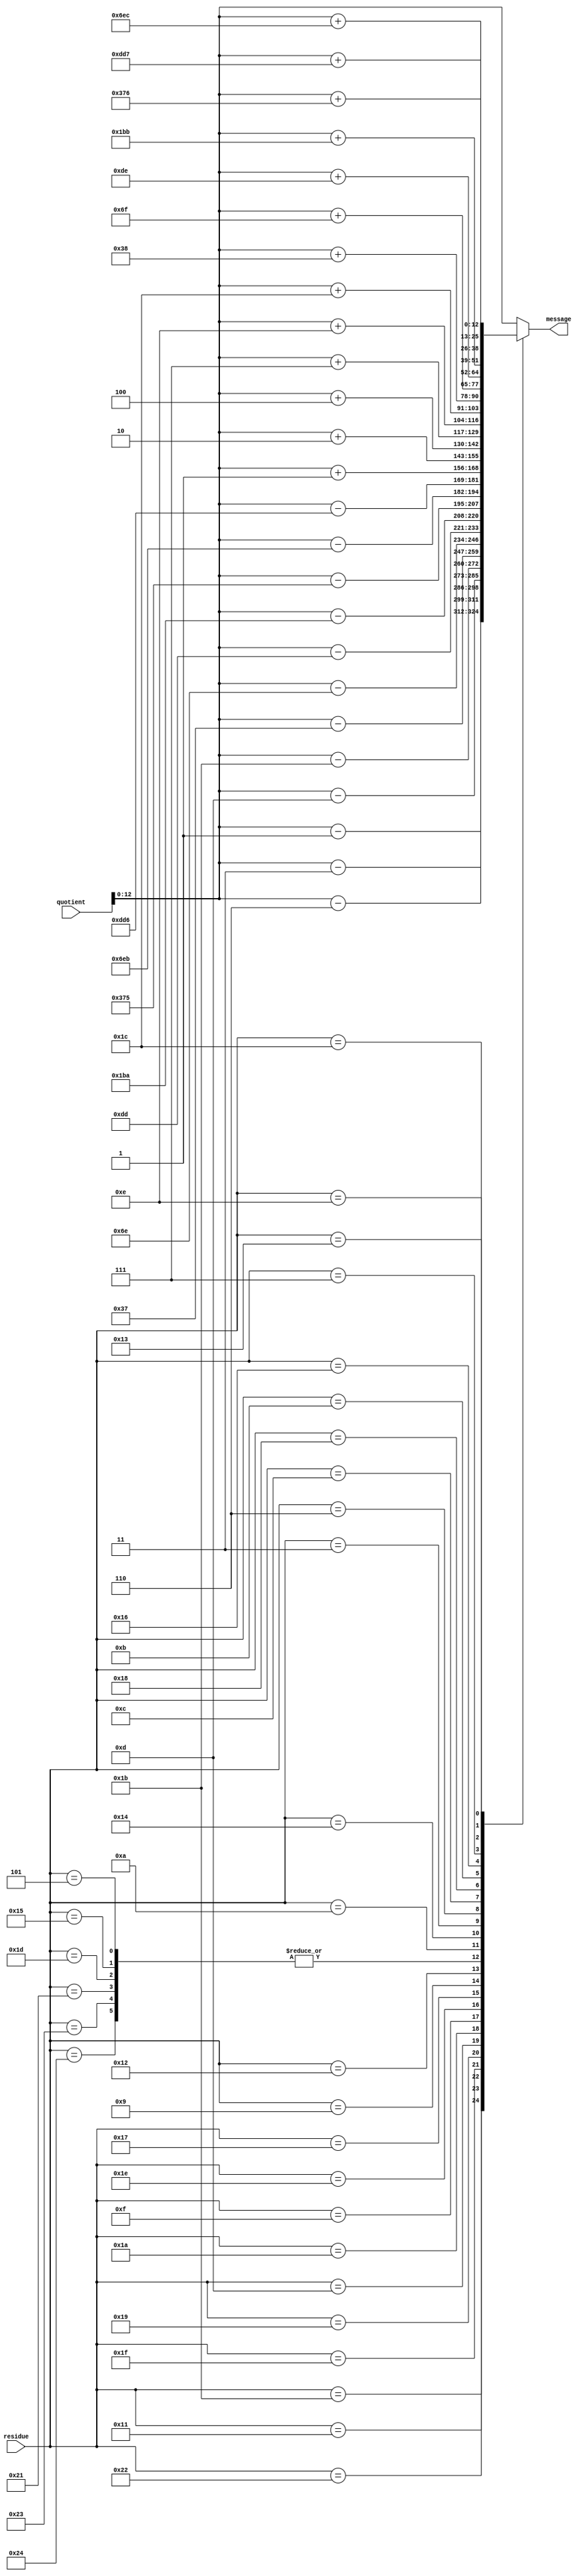
`timescale 1ns / 1ps
module an_decoder_n37 (input [17:0] quotient,input [5:0]residue, output reg [12:0] message);
    //parameter A=37;
    always@(*)begin
        case(residue)
		6'd1: message= quotient;
		6'd2: message= quotient;
		6'd4: message= quotient;
		6'd8: message= quotient;
		6'd16: message= quotient;
		6'd32: message= quotient;
		6'd27:  message= quotient-'d1;
		6'd17:  message= quotient-'d3;
		6'd34:  message= quotient-'d6;
		6'd31:  message= quotient-'d13;
		6'd25:  message= quotient-'d27;
		6'd13:  message= quotient-'d55;
		6'd26:  message= quotient-'d110;
		6'd15:  message= quotient-'d221;
		6'd30:  message= quotient-'d442;
		6'd23:  message= quotient-'d885;
		6'd9:  message= quotient-'d1771;
		6'd18:  message= quotient-'d3542;
		6'd36:  message= quotient+'d1;
		6'd35:  message= quotient+'d1;
		6'd33:  message= quotient+'d1;
		6'd29:  message= quotient+'d1;
		6'd21:  message= quotient+'d1;
		6'd5:  message= quotient+'d1;
		6'd10:  message= quotient+'d2;
		6'd20:  message= quotient+'d4;
		6'd3:  message= quotient+'d7;
		6'd6:  message= quotient+'d14;
		6'd12:  message= quotient+'d28;
		6'd24:  message= quotient+'d56;
		6'd11:  message= quotient+'d111;
		6'd22:  message= quotient+'d222;
		6'd7:  message= quotient+'d443;
		6'd14:  message= quotient+'d886;
		6'd28:  message= quotient+'d1772;
		6'd19:  message= quotient+'d3543;
            default:message =quotient ;
     endcase
   end
endmodule